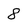
Character: 8